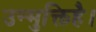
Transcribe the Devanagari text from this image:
उन्मुक्तिहै।